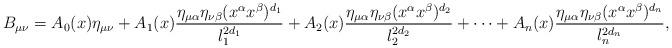
LaTeX: \begin{align*} B_{\mu\nu}=A_0(x)\eta_{\mu\nu}+A_1(x)\frac{\eta_{\mu\alpha}\eta_{\nu\beta}(x^\alpha x^\beta)^{d_1}}{l_1^{2d_1}}+A_2(x)\frac{\eta_{\mu\alpha}\eta_{\nu\beta}(x^\alpha x^\beta)^{d_2}}{l_2^{2d_2}} +\cdots +A_n(x)\frac{\eta_{\mu\alpha}\eta_{\nu\beta}(x^\alpha x^\beta)^{d_n}}{l_n^{2d_n}},\end{align*}